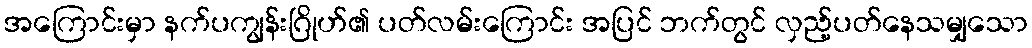
အကြောင်းမှာ နက်ပကျွန်းဂြိုဟ်၏ ပတ်လမ်းကြောင်း အပြင် ဘက်တွင် လှည့်ပတ်နေသမျှသော